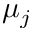
\mu _ { j }